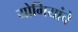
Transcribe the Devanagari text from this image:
योगियांचे